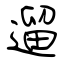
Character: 遛